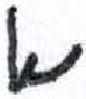
אות: א